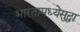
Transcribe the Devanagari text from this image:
भारतामध्येसुद्धा